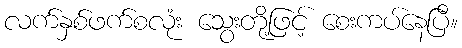
လက်နှစ်ဖက်စလုံး သွေးတို့ဖြင့် စေးကပ်နေပြီ။